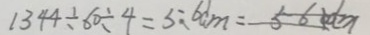
1 3 4 4 \div 6 0 \div 4 = 5 : 6 c m = 5 6 d m